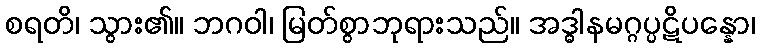
စရတိ၊ သွား၏။ ဘဂဝါ၊ မြတ်စွာဘုရားသည်။ အဒ္ဓါနမဂ္ဂပ္ပဋိပန္နော၊